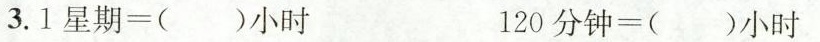
3.1星期=()小时 120分钟=()小时